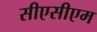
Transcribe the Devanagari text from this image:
सीएसीएम